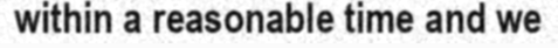
within a reasonable time and we